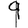
Digit: 9